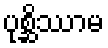
ပုစ္ဆိဿာမ